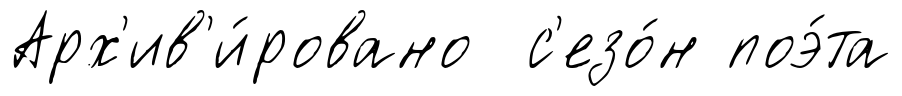
Арх'ив'и́ровано с'езо́н поэ́та